Vital statistics of India. Vol. IV, Annual returns from 1871 to 1876. British Army of India, Native Army and jails of Bengal
Year: 1871
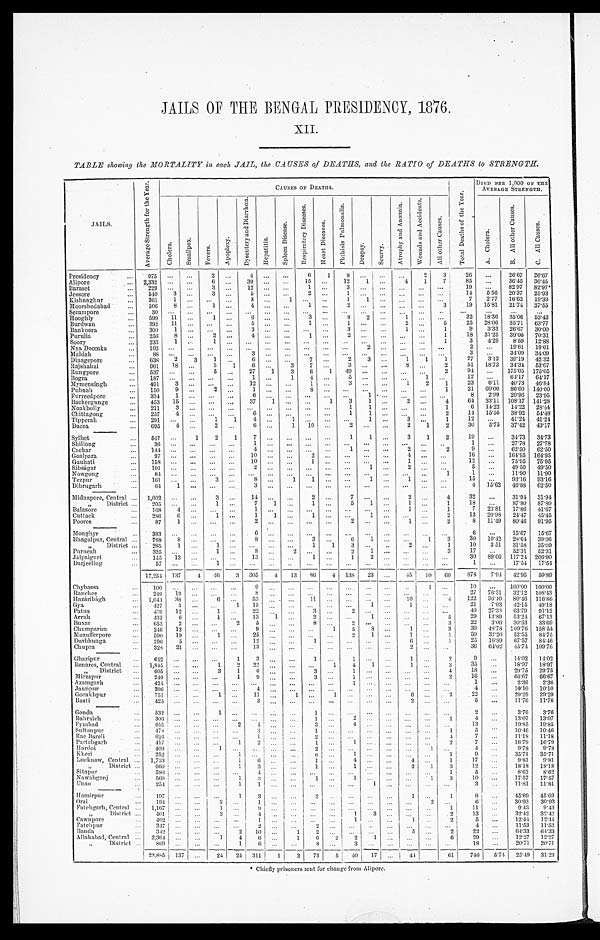
JAILS OF THE BENGAL PRESIDENCY , 1876.
XII.
TABLE showing the MORTALITY in each JAIL, the CAUSES of DEATHS, and the RATIO of DEATHS to STRENGTH.
JAILS.
A v e r a g e S t r e n g t h f o r t h e Y e a r .
CAUSES OF DEATHS.
T o t a l D e a t h s o f t h e Y e a r .
DIED PER 1, 000 OF THE AVERAGE STRENGTH.
Ch o l e r a .
S m a l l p o x .
Fe ve r s .
A p o p l e x y .
D y s e n t e r y a n d D i a r r h œ a .
He p a t i t i s .
S p l e e n D i s e a s e s .
R e s p i r a t o r y D i s e a s e s .
H e a r t D i s e a s e s .
P h t h i s i s P u l m o n a l i s .
Dr ops y.
S c u r v y .
A t r o p h y a n d A n æ m i a .
W o u n d s a n d A c c i d e n t s .
A l l o t h e r C a u s e s .
A. C h o l e r a .
B . A l l o t h e r C a u s e s .
C . A l l C a u s e s .
Presidency
9 7 5
. . . . . .
2
. . .
4
. . .
. . .
6
1
8
. . . . . .
. . .
2
3
2 8 ...
2 6 · 6 7
2 6 · 9 7
Alipore
2 , 3 3 2
. . . . . .
6
. . .
3 9 . . .
. . .
1 5
. . .
1 2
1 . . .
4
1
7
8 5 ...
3 6 · 4 5
3 6 · 4 5
Baraset
2 2 9
. . .
. . .
3
. . .
1 2
. . .
. . .
1
. . .
3
. . .
. . .
. . . . . .
. . .
1 9 ...
8 2 · 9 7
8 2 · 9 7
l
Jessore
5 4 0
3
. . .
3
. . .
5
. . .
. . .
2
. . .
1
. . .
. . .
. . .
. . .
. . .
1 4
5 · 5 6
2 0 · 3 7
2 5 · 9 3
Kishnaghur
3 6 1
1
. . .
. . .
. . .
3
. . .
1
. . . . . .
1
1
. . .
. . .
. . .
. . .
7
2 · 7 7
1 6 · 6 2
1 9 · 3 9
Moorshedabad
5 0 6
8
. . .
1
. . .
4
. . .
. . .
1 . . .
2
. . .
. . .
. . .
. . .
3
1 9
1 5 · 8 1
2 1 · 7 4
3 7 · 5 5
Serampore
3 0
. . .
. . .
. . .
. . .
. . .
. . .
. . .
. . .
. . .
. . .
. . .
. . .
. . .
. . .
. . .
. . .
. . .
. . .
. . .
Hooghly
5 9 9
1 1
. . .
1
. . .
6
. . .
. . .
3
. . .
8
2
. . .
1
. . .
. . .
3 2
1 8 · 3 6
3 5 · 0 6
5 3 · 4 2
Burdwan
3 9 2
1 1
. . .
. . .
. . .
5
. . .
. . .
1
. . .
1
. . .
. . .
2
. . .
5
2 5
2 8 · 0 6
3 5 · 7 1
6 3 · 7 7
Bankoora
3 0 0
1
. . .
. . .
. . .
3
. . .
. . .
. . .
. . .
3
. . .
. . .
1
. . .
1
9
3 · 3 3
2 6 · 6 7
3 0 · 0 0
Purulia
2 5 6
8
. . .
2
. . .
4
. . .
. . .
1
. . .
2
. . .
. . .
. . .
. . .
1
1 8
3 1 · 2 5
3 9 · 0 6
7 0 · 3 1
Soory
2 3 3
1
. . .
1
. . .
. . .
. . .
. . .
. . .
. . .
. . .
. . .
. . .
. . .
. . .
1
3
4 · 2 9
8 · 5 9
1 2 · 8 8
Nya Doomka
1 0 2
. . .
. . .
. . .
. . .
. . .
. . .
. . .
. . .
. . .
. . .
2
. . . . . .
. . .
. . .
2
. . .
1 9 · 6 1
1 9 · 6 1
Maldah
8 8
. . .
. . .
. . .
. . .
3
. . .
. . .
. . .
. . .
. . .
. . .
. . .
. . . . . .
. . .
3
. . .
3 4 · 0 9
3 4 · 0 9
Dinagepore
6 3 8
2
3
1
. . .
6
. . .
. . .
7
. . .
2
3
. . .
1
1
1
2 7
3 · 1 3
3 9 · 1 9
4 2 · 3 2
Rajshahai
9 6 1
1 8
. . .
3
1
6
. . .
3
7
. . .
3
. . .
. . .
8
. . .
2
5 1
1 8 · 7 3
3 4 · 3 4
5 3 · 0 7
Rungpore
5 3 7
. . .
. . .
5
. . .
2 7
1
3
6
1
4 9
. . .
. . .
. . .
. . .
2
9 4
. . .
1 7 5 · 0 5
1 7 5 · 0 5
Bogra
1 8 7
. . .
. . .
. . .
. . .
1
. . .
1
4
. . .
5
. . .
. . .
. . .
1
. . .
1 2
. . .
6 4 · 1 7
6 4 · 1 7
Mymensingh
4 9 1
3
. . .
. . .
. . .
1 2
. . .
. . .
1
. . .
3
. . .
. . .
1
2
1
9 4
6 · 1 1
4 0 · 7 3
4 6 · 8 4
Pubnah
1 5 0
9
. . .
2
. . .
1
. . .
. . .
8
. . .
. . .
. . .
. . .
. . .
. . .
1
1 2
6 0 · 0 0
8 0 · 0 0
1 4 0 · 0 0
Furreedpore
3 3 4
1
. . .
. . .
. . .
6
. . .
. . .
. . .
. . .
. . .
1
. . .
. . .
. . .
. . .
2 3
2 · 9 9
2 0 · 9 6
2 3 · 9 5
Bakergunge
4 5 3
1 5
. . .
. . .
. . .
3 7
1
. . .
. . .
1
3
1
. . .
2
. . .
4
2 1
3 3 · 1 1
1 0 8 · 1 7
1 4 1 · 2 8
Noakholly
2 1 1
3
. . .
. . .
. . .
. . .
. . .
. . .
. . .
. . .
1
1
. . .
. . .
. . .
1
8
1 4 · 2 2
1 4 · 2 2
2 8 · 4 4
Chittagong
2 5 7
4
. . .
. . .
. . .
6
. . .
. . .
. . .
. . .
1
1
. . .
. . .
. . .
2
6 4
1 5 · 5 6
3 8 · 9 2
5 4 · 4 8
Tipperah
2 9 1
. . .
. . .
1
1
4
. . .
1
. . .
. . .
1
. . .
3
. . .
1
6
. . .
4 1 · 2 4
4 1 · 2 4
Dacca
6 9 5
4
. . .
2
. . .
6
. . .
1
1 0
. . .
2
. . .
. . .
2
1
2
1 4
5 · 7 5
3 7 · 4 2
4 3 · 1 7
Sylhet
5 4 7
. . .
1
2
1
7
. . .
. . .
. . .
. . .
1
1
. . .
3
. . .
2
1 2
. . .
3 4 · 7 3
3 4 · 7 3
Shillong
3 6
. . .
. . .
. . .
. . .
1
. . .
. . .
. . .
. . .
. . .
. . .
. . .
. . .
. . .
. . .
3 0
. . .
2 7 · 7 8
2 7 · 7 8
Cachar
1 4 4
. . .
. . .
. . .
. . .
4
. . .
. . .
. . .
. . .
1
. . .
. . .
2
. . .
2
1 9
. . .
6 2 · 5 0
6 2 · 5 0
Goalpara
9 7
. . .
. . .
. . .
. . .
1 0
. . .
. . .
2
. . .
. . .
. . .
. . .
4
. . .
. . .
1
. . .
1 5 4 · 9 5
1 6 4 · 9 5
Gauhati
1 5 8
. . .
. . .
. . .
. . .
1 0
. . .
. . .
1
. . .
. . .
. . .
. . .
1
. . .
. . .
9
. . .
7 5 · 9 5
7 5 · 9 5
Sibságar
1 0 1
. . .
. . .
. . .
. . .
2
. . .
. . .
. . .
. . .
. . .
1
. . .
2
. . .
. . .
1 6
. . .
4 9 · 5 0
4 9 · 5 0
Nowgong
8 4
. . .
. . .
. . .
. . .
. . .
. . .
. . .
. . .
. . .
. . .
. . .
. . .
. . .
. . .
1
1 2
. . .
1 1 · 9 0
1 1 · 9 0
Tezpur
1 6 1
. . .
. . .
3
. . .
8
. . .
1
1
. . .
. . .
1
. . .
1
. . .
. . .
1 5
. . .
9 3 · 1 6
9 3 · 1 6
Dibrugarh
6 4
1 . . .
. . .
. . .
3
. . .
. . .
. . .
. . .
. . .
. . .
. . .
. . .
. . .
. . .
4
1 5 · 6 2
4 5 · 8 8
6 2 · 5 0
Midnapore, Central
1 , 0 0 2
. . .
. . .
3 . . .
1 4
. . .
. . .
2
. . .
7
. . .
. . .
2
. . .
4
3 2
. . .
3 1 · 9 4
3 1 · 9 4
" District
2 0 5
. . .
. . .
1
. . .
7
1 . . .
1
. . .
5
1
. . .
1
. . .
1
1 8
. . .
8 7 · 8 0
8 7 · 8 0
Balasore
1 6 8
4 . . .
. . .
. . .
1
. . .
. . .
. . .
. . .
. . .
. . .
. . .
1
. . .
1
7
2 3 · 8 1
1 7 · 8 6
4 1 · 6 7
Cuttack
2 8 6
6
. . .
1
. . .
1 1
. . .
1
. . .
. . .
1
. . .
. . .
. . .
2
1 3
2 0 · 9 8
2 4 · 4 7
4 5 · 4 5
Pooree
8 7 1
. . .
. . .
. . .
2
. . .
. . .
. . .
. . .
2
. . .
. . .
1
. . .
2
8
1 1 · 4 9
8 0 · 4 6
9 1 · 9 5
Monghyr
3 8 3
. . .
. . .
. . .
. . .
6 . . .
. . .
. . .
. . .
. . .
. . .
. . .
. . .
. . .
. . .
6
. . .
1 5 · 6 7
1 5 · 6 7
Bhagalpur, Central
7 6 8
8
. . .
. . .
. . .
8
. . .
. . .
3
. . .
6
1
. . .
. . .
1 3
3 0
1 0 · 4 2
2 8 · 6 4
3 9 · 0 6
" District
2 8 5
1 . . .
1 . . .
. . .
. . .
. . .
1 1
3
. . .
. . .
2
. . .
1
1 0
3 · 5 1
3 1 · 5 8
3 5 · 0 9
Purneah
3 2 5
. . .
. . .
1 . . .
8
. . .
2
. . .
. . .
2
1 . . .
. . .
. . .
3
1 7
. . .
5 2 · 3 1
5 2 · 3 1
Jálpaiguri
1 4 5
1 3
. . .
. . .
. . .
1 3
. . .
. . .
1 . . .
1
2 . . .
. . .
. . .
. . .
3 0 8 9 · 6 6
1 1 7 · 2 4
2 0 6 · 9 0
Darjeeling
5 7
. . .
. . .
1 . . .
. . .
. . .
. . .
. . .
. . .
. . .
. . .
. . .
. . .
. . .
. . .
1
. . .
1 7 · 5 4
1 7 · 5 4
1 7 , 2 5 4
1 3 7
4
4 6
3
3 0 5
4
1 3
8 6
4
1 3 8
2 3
. . .
4 5
1 0
6 0
8 7 8
7 · 9 4
4 2 · 9 5
5 0 · 8 9
Chybassa
1 0 0 . . .
. . .
9 . . .
. . .
. . .
. . .
. . .
. . .
. . .
. . .
1
. . .
1 0
. . .
1 0 0 · 0 0
1 0 0 · 0 0
Ranchee
2 4 9
1 9
. . .
8
. . .
. . .
. . .
. . .
. . .
. . .
. . .
. . .
. . .
. . .
2 7
7 6 · 3 1
3 2 · 1 2
1 0 8 · 4 3
Hazáribágh
1 , 0 4 4
3 8
6
. . .
5 3
. . .
. . .
1 1
. . .
. . .
. . .
. . .
1 0
. . .
4
1 2 2
3 6 · 4 0
8 0 · 4 6
1 1 6 · 8 6
Gya
4 2 7
3
1
1 5
. . .
. . .
. . .
. . .
. . .
1
. . .
1
. . .
. . .
2 1
7 · 0 3
4 5 · 1 5
4 9 · 1 8
Patna
4 3 9
1 2
1
. . .
2 2 . . .
. . .
3
. . .
2
. . .
. . .
. . .
. . .
. . .
4 0
2 7 · 3 3
6 3 · 7 0
9 1 · 1 2
Arrah
4 3 2 6
1
. . .
1 3 1
. . .
2
. . .
. . .
1
. . .
. . .
. . .
5
2 9
1 3 · 8 9
5 3 · 2 4
6 7 · 1 3
Buxar
6 5 3
2
2 5
. . .
. . .
8
. . .
2
. . .
. . .
. . .
. . .
3 2 2
3 · 0 6
3 0 · 6 3
3 3 · 6 9
Chumparun
2 4 6 1 2
. . .
9
. . .
. . .
. . .
1 5
8
. . .
1
. . .
3 3 9
4 8 · 7 8
1 0 9 · 7 6
1 5 8 · 5 4
Mozufferpore
5 9 0
5
. . .
2 5 . . .
. . .
. . .
. . .
2 1
. . .
1
. . .
1
5 0
3 2 · 2 0
5 2 · 5 5
8 4 · 7 5
Durbhunga
2 9 6
2 1
. . .
1 2 . . .
. . .
1 . . .
. . .
. . .
. . .
6 . . .
1 2 5
1 6 · 8 9
6 7 · 5 7
8 4 · 4 6
Chupra
3 2 8
. . .
. . .
1 3 . . .
. . .
. . .
. . .
. . .
. . .
. . .
2 . . .
. . .
3 6
6 4 · 0 2
4 5 · 7 4
1 0 9 ·
Ghazipur
6 4 2 . . .
1 3
. . .
. . .
1
. . .
1 . . .
. . .
1 . . .
2 9
...
1 4 · 0 2
1 4 · 0 2
Benares, Central
1 , 8 4 5
. . .
1 2
2 2
. . .
. . .
. . .
1
4
1
. . .
1 . . .
3
3 5
...
1 8 · 9 7
1 8 · 9 7
" District
6 0 5 . . .
3 1
6
. . .
. . .
3
. . .
1
. . .
. . .
. . .
. . .
4 1 8
...
2 9 · 7 5
2 9 · 7 5
M i r z a p u r
2 4 0
. . .
1 9
. . .
. . .
3
. . .
1
. . .
. . .
. . .
. . .
2 1 6
...
6 6 · 6 7
6 6 · 6 7
Azamgarh
4 2 4
. . .
. . .
. . .
. . .
. . .
. . .
. . .
1 . . .
. . .
. . .
. . .
. . .
1
...
2 · 3 6
2 · 3 6
Jaunpur
3 9 6
. . .
. . . 4
. . .
. . .
. . .
. . .
. . .
. . .
. . .
. . .
. . .
. . .
4 ...
1 0 · 1 0
1 0 · 1 0
Gorakhpur
7 5 1 . . .
1
. . .
1 1 . . .
1
. . .
1
. . .
. . .
. . .
6
. . .
2
2 2
...
2 9 · 2 9
2 9 · 2 9
Basti
4 2 5
. . .
. . .
3
. . .
. . .
. . .
. . .
. . .
. . .
. . .
2
. . .
. . .
5 ...
1 1 · 7 6
1 1 · 7 6
Gonda
5 3 2
. . .
1
. . .
. . .
. . .
. . .
1 . . .
. . .
. . .
. . .
. . .
. . .
. . .
2 ...
3 · 7 6
3 · 7 6
Bahraich
3 0 6
. . .
. . .
. . .
. . .
. . .
1
. . .
2
. . .
. . .
. . .
. . .
1
4 ...
1 3 · 0 7
1 3 · 0 7
Fyzabad
6 5 5
. . .
2
4
. . .
. . .
3 . . .
4 . . .
. . .
. . .
. . .
. . .
1 3
...
1 9 · 8 5
1 9 · 8 5
Sultanpur
4 7 8
. . .
. . .
3
. . .
. . .
1
. . .
. . .
. . .
. . .
. . .
. . .
1
5 ...
1 0 · 4 6
1 0 · 4 6
Rae Bareli
6 2 6
. . .
. . . 1
. . .
. . .
2 . . .
. . .
. . .
. . .
. . .
. . .
4 7
...
1 1 · 1 8
1 1 · 1 8
Partabgarh
4 1 7
. . .
1 2
. . .
. . .
1
. . .
1
. . .
. . .
. . .
. . .
2 7
...
1 6 · 7 9
1 6 · 7 9
Hardoi
4 0 9
. . .
. . .
. . .
. . . . . .
2 . . .
. . .
. . .
. . .
. . .
1
. . .
4 ...
9 · 7 8
9 · 7 8
Kheri
2 5 2
. . .
1
. . . . . .
. . .
6 . . .
1 . . .
. . .
. . .
. . .
1 9
...
3 5 · 7 1
3 5 · 7 1
Lucknow Central
1 , 7 3 3
. . .
1
6
. . .
. . .
1
. . .
4
. . .
. . .
4
. . .
1 1 7
...
9 · 1
9 · 8 1
" District
6 6 0
. . .
1 3
. . .
. . .
1
. . .
1 . . .
. . .
2 1
3
1 2
...
1 8 · 1 8
1 8 · 1 8
Sitapur
5 8 0 . . .
. . .
4 . . .
. . . . . .
. . .
. . .
. . .
. . .
. . .
. . .
1 5 ...
8 · 6 2
8 · 6 2
Nawabganj
5 6 9
. . .
1
3
. . .
. . . 1
. . .
1
. . .
. . .
. . .
1
3
1 0
...
1 7 · 5 7
1 7 · 5 7
Unao
2 5 4
. . .
1 1
. . .
. . .
. . . . . .
. . .
1
. . .
. . .
. . .
. . .
3 ...
1 1 · 8 1
1 1 · 8 1
Hamirpur
1 9 7
. . .
1 3
. . .
. . .
3 . . .
. . .
. . .
. . .
1 . . .
1 9
...
4 5 · 6 9
4 5 · 6 9
Orai
1 9 4
. . .
. . .
1
. . .
. . .
. . . . . .
. . .
. . .
. . .
. . .
2
. . .
6 ...
3 0 · 9 3 3 0 · 9 3
Fatehgarh, Central
1 , 1 6 7
. . .
. . .
9 . . .
. . .
. . . . . .
. . .
. . .
. . .
. . .
. . .
1 1 1 ...
9 · 4 3
9 · 4 3
" District 4 0 1
. . .
. . .
4 . . .
. . .
. . .
. . . 1
3
. . .
. . .
. . .
2 1 3 ...
3 2 · 4 2
3 2 · 4 2
Cawnpore
4 0 2
. . .
. . .
1 . . .
. . . . . .
. . .
1
. . .
. . .
1 . . .
2 5
...
1 2 · 4 4
1 2 · 4 4
Fatehpur
3 4 7
. . .
. . . 2
. . .
. . .
2
. . .
. . .
. . . . . .
. . .
. . .
. . .
4 ...
1 1 · 5 3
1 1 · 5 3
Banda
3 4 2
. . .
2
1 0
. . .
1 2
. . .
. . .
. . .
. . .
5 . . .
2 2 2
...
6 4 · 3 3
6 4 · 3 3
Allahabad, Central
2 , 3 6 4
. . .
1 4
6
. . .
1 6
2
2
1
. . .
. . .
. . .
6 2 9
...
1 2 · 2 7
1 2 · 2 7
" District 8 6 9
. . .
1
6
. . .
. . . 8
. . .
3
. . .
. . .
. . .
. . .
. . .
1 8
...
2 0 · 1 7
2 0 · 7 1
2 3 , 8 8 5 1 3 7
. . .
2 4 2 4
3 1 1 1 3
7 3
5
4 0
1 7
. . . 4 4
6 1
7 4 6
5 · 7 4 2 5 · 4 9
3 1 · 2 3
l Chiefly prisoners sent for change from Alipore.